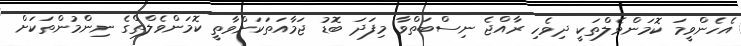
އެހެންވީމަ ކޮމަންވެލްތަކީ ދިވެހި ރާއްޖެ ނިސްބަތްވާ މިފަދަ ބޮޑު ޖަމާއަތަކަށްވާތީ ކޮމަންވެލްތްގެ ނިންމުންތަކަށް